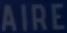
AIRE